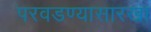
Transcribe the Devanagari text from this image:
परवडण्यासारखा